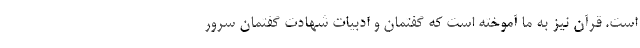
است. قرآن نیز به ما آموخته است که گفتمان و ادبیات شهادت گفتمان سرور